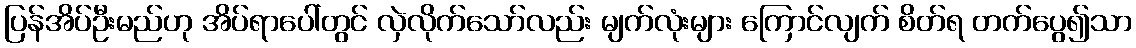
ပြန်အိပ်ဦးမည်ဟု အိပ်ရာပေါ်တွင် လှဲလိုက်သော်လည်း မျက်လုံးများ ကြောင်လျက် စိတ်ရ တက်ပွေ၍သာ